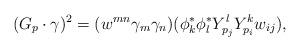
LaTeX: \begin{align*} (G_p \cdot \gamma)^2 = ( w^{mn}\gamma_m\gamma_n)(\phi^*_k\phi^*_lY^l_{p_j}Y^k_{p_i}w_{ij}),\end{align*}